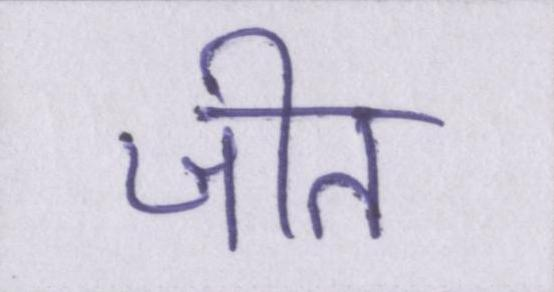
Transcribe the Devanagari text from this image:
जीत